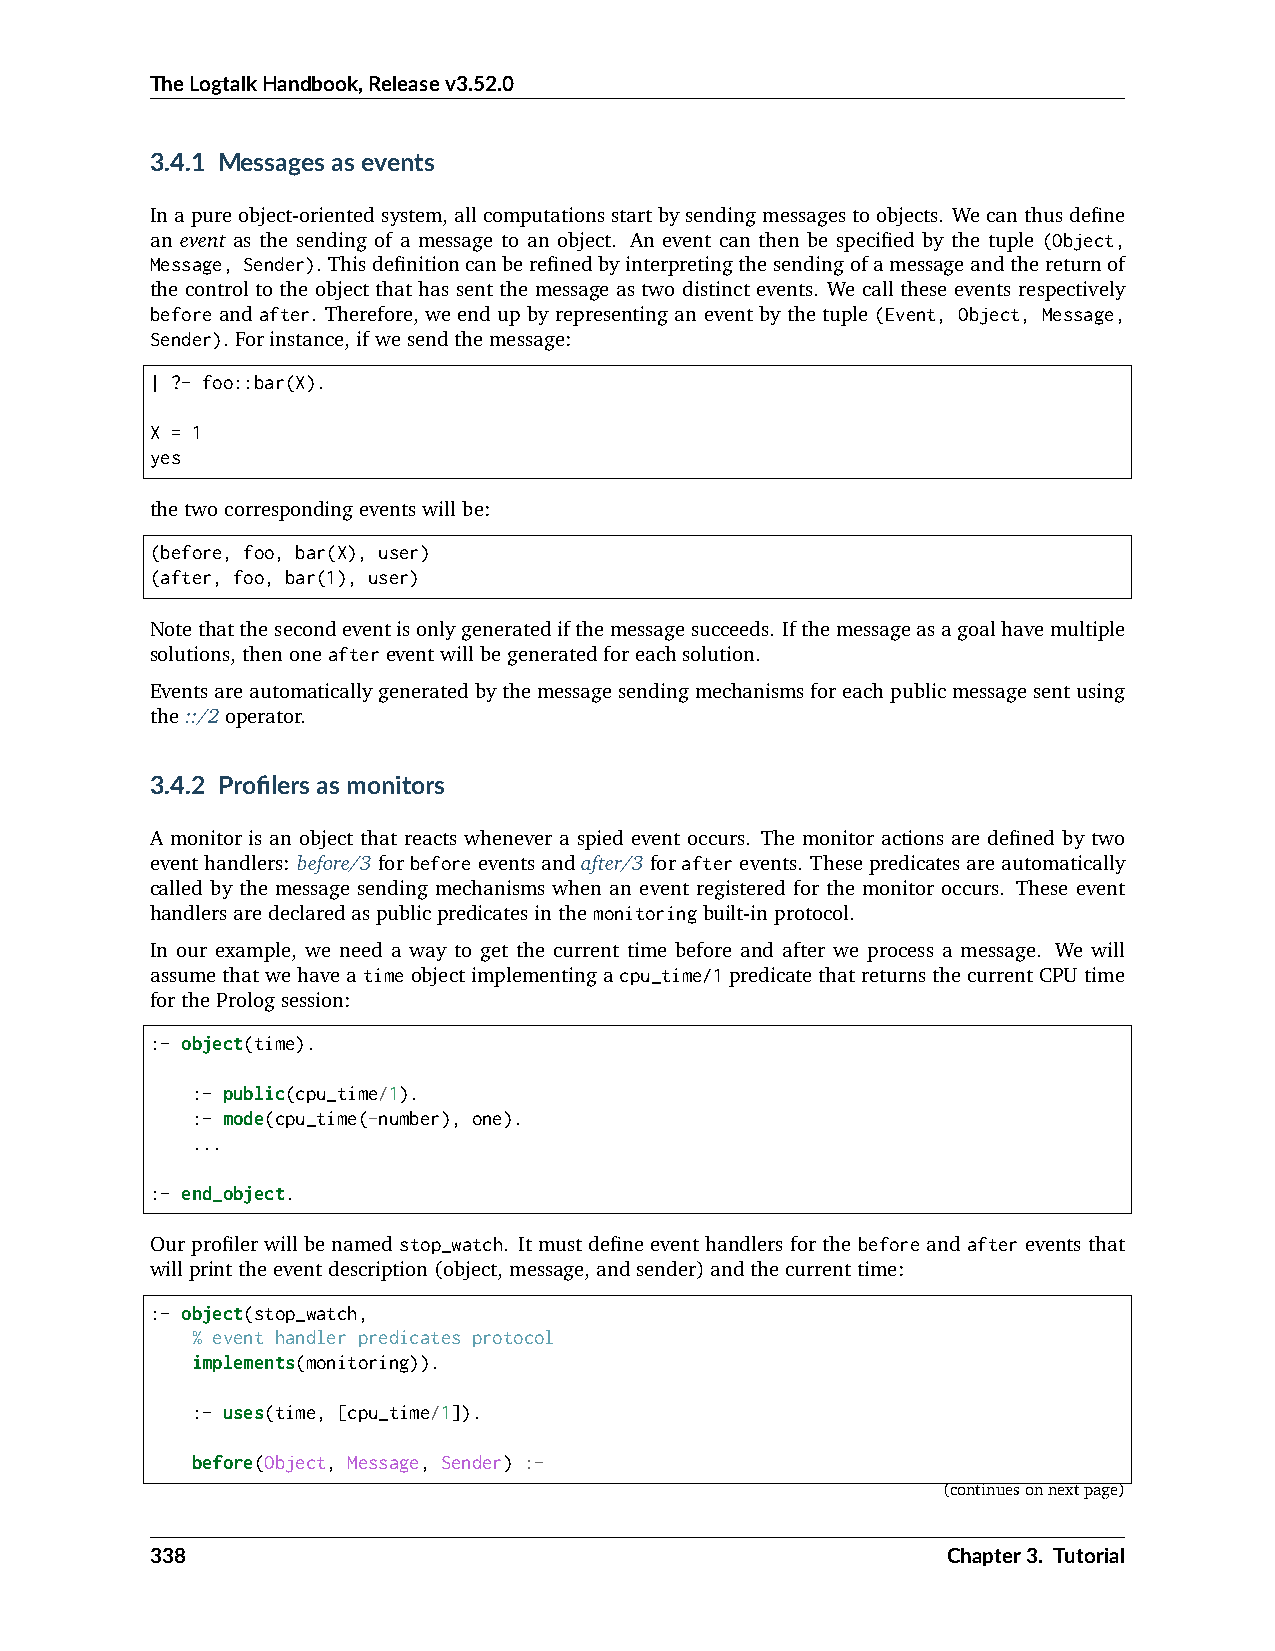
TheLogtalkHandbook,Releasev3.52.0
 3.4.1 Messagesasevents
 Inapureobject-orientedsystem,allcomputationsstartbysendingmessagestoobjects. Wecanthusdefine
 an event as the sending of a message to an object. An event can then be specified by the tuple (Object,
 Message, Sender). Thisdefinitioncanberefinedbyinterpretingthesendingofamessageandthereturnof
 the control to the object that has sent the message as two distinct events. We call these events respectively
 before and after. Therefore, we end up by representingan event by the tuple (Event, Object, Message,
 Sender). Forinstance,ifwesendthemessage:
 | ?- foo::bar(X).
 X = 1
 yes
 thetwocorrespondingeventswillbe:
 (before, foo, bar(X), user)
 (after, foo, bar(1), user)
 Notethatthesecondeventisonlygeneratedifthemessagesucceeds. Ifthemessageasagoalhavemultiple
 solutions,thenoneaftereventwillbegeneratedforeachsolution.
 Eventsareautomaticallygeneratedbythemessagesendingmechanismsforeachpublicmessagesentusing
 the::/2operator.
 3.4.2 Profilersasmonitors
 A monitor is an object that reacts whenever a spied event occurs. The monitor actions are defined by two
 eventhandlers: before/3forbeforeeventsandafter/3forafterevents. Thesepredicatesareautomatically
 called by the message sending mechanisms when an event registered for the monitor occurs. These event
 handlersaredeclaredaspublicpredicatesinthemonitoringbuilt-inprotocol.
 In our example, we need a way to get the current time before and after we process a message. We will
 assumethatwehaveatimeobjectimplementingacpu_time/1predicatethatreturnsthecurrentCPUtime
 forthePrologsession:
 :- object(time).
 :- public(cpu_time/1).
 :- mode(cpu_time(-number), one).
 ...
 :- end_object.
 Our profiler will be named stop_watch. It must define event handlers for the before and after events that
 willprinttheeventdescription(object,message,andsender)andthecurrenttime:
 :- object(stop_watch,
 % event handler predicates protocol
 implements(monitoring)).
 :- uses(time, [cpu_time/1]).
 before(Object, Message, Sender) :-
 (continuesonnextpage)
 338                                                  Chapter3. Tutorial